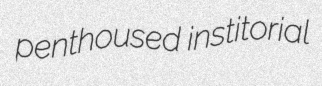
penthoused institorial